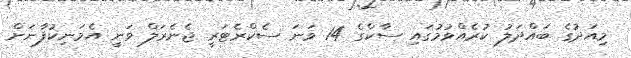
މިއަދުގެ ބައްދަލު ކުރެއްވުމުގައި ސާކްގެ 14 ވަނަ ސެކްރެޓަރީ ޖެނެރަލް ވަނީ އެމަނިކުފާނަށް